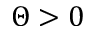
\Theta > 0